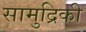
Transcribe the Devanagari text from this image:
सामुद्रिकी